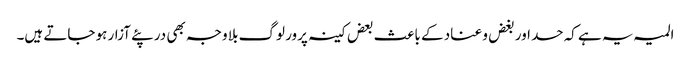
المیہ یہ ہے کہ حسد اور بغض و عناد کے باعث بعض کینہ پرور لوگ بلا وجہ بھی در پئے آزار ہو جاتے ہیں۔